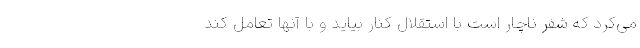
می‌کرد که شفر ناچار است با استقلال کنار بیاید و با آنها تعامل کند